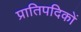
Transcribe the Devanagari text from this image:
प्रातिपदिकों